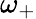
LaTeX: \omega_{+}